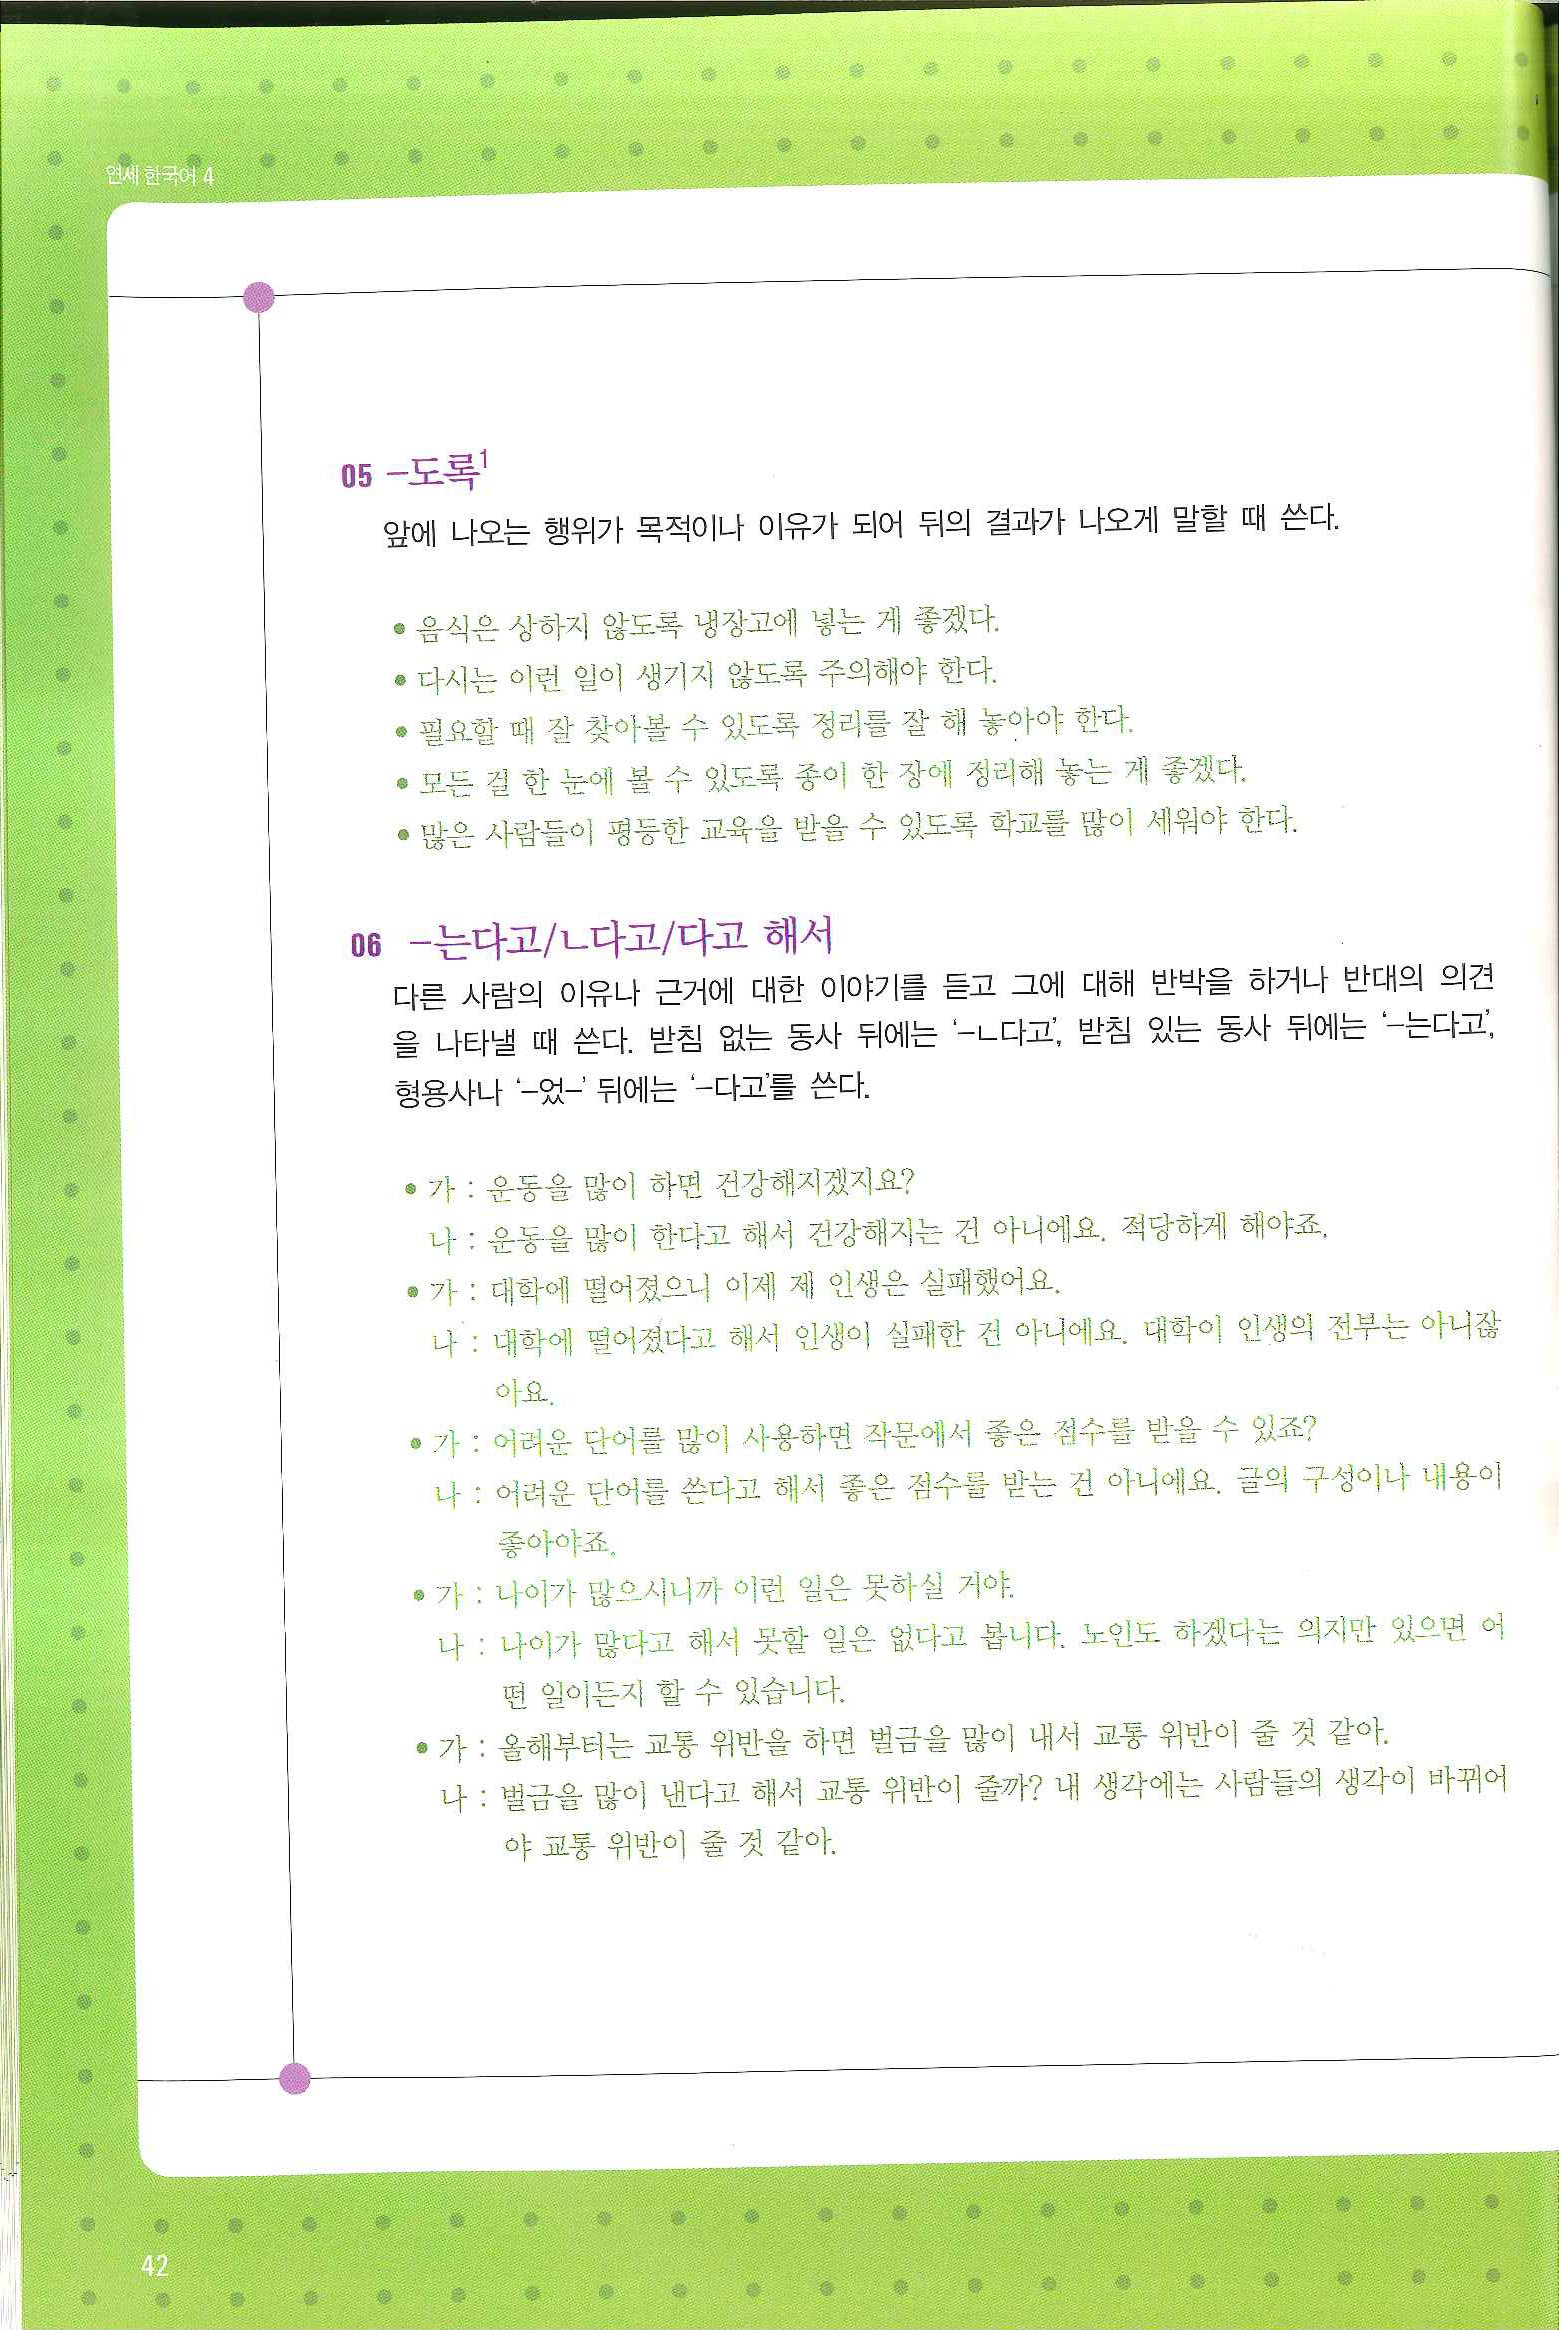
Language: ko